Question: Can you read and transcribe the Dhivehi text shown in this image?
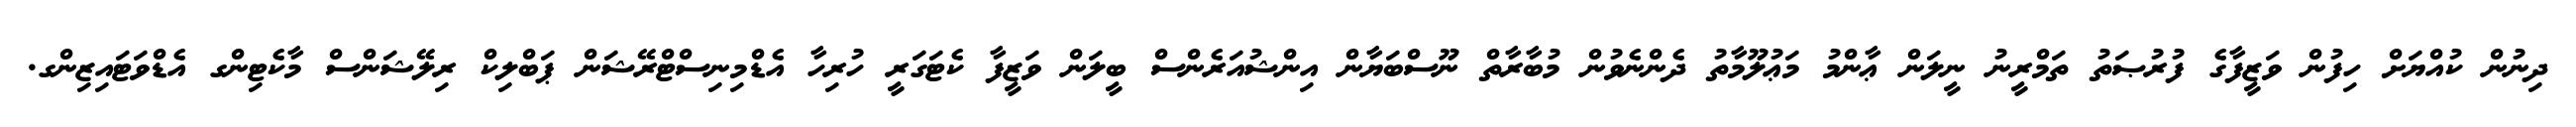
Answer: ދިނުން ކުއްޔަށް ހިފުން ވަޒީފާގެ ފުރުޞަތު ތަމްރީނު ނީލަން ޢާންމު މަޢުލޫމާތު ދެންނެވުން މުބާރާތް ނޫސްބަޔާން އިންޝުއަރެންސް ބީލަން ވަޒީފާ ކެޓަގަރީ ހުރިހާ އެޑްމިނިސްޓްރޭޝަން ޕަބްލިކް ރިލޭޝަންސް މާކެޓިންގ އެޑްވަޓައިޒިންގ.